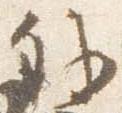
外